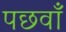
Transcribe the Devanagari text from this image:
पछवाँ